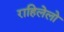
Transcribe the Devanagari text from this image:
राहिलेलो